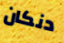
دنكان